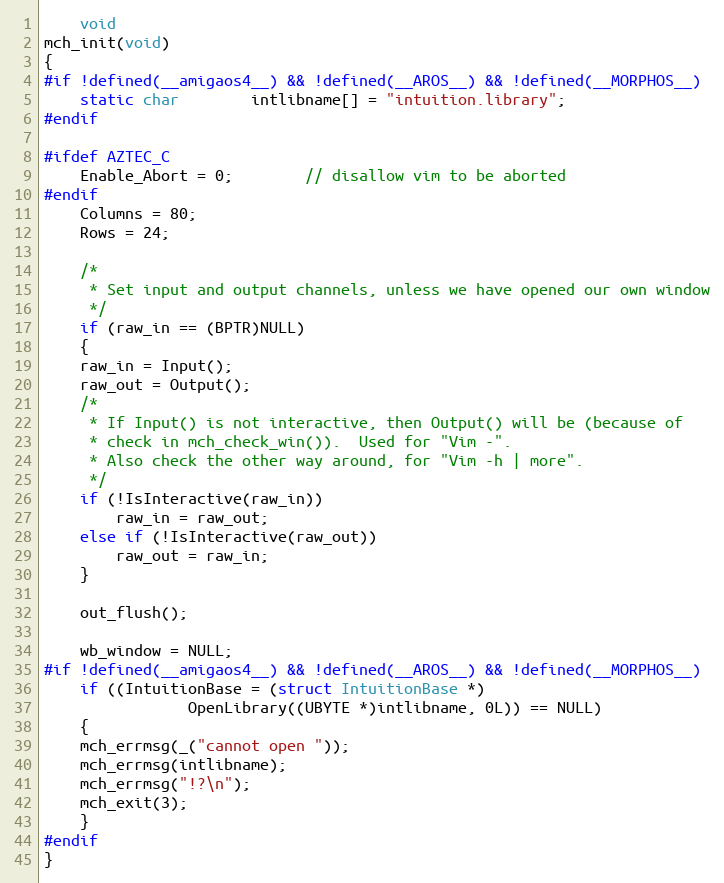
Language: C
    void
mch_init(void)
{
#if !defined(__amigaos4__) && !defined(__AROS__) && !defined(__MORPHOS__)
    static char	    intlibname[] = "intuition.library";
#endif

#ifdef AZTEC_C
    Enable_Abort = 0;		// disallow vim to be aborted
#endif
    Columns = 80;
    Rows = 24;

    /*
     * Set input and output channels, unless we have opened our own window
     */
    if (raw_in == (BPTR)NULL)
    {
	raw_in = Input();
	raw_out = Output();
	/*
	 * If Input() is not interactive, then Output() will be (because of
	 * check in mch_check_win()).  Used for "Vim -".
	 * Also check the other way around, for "Vim -h | more".
	 */
	if (!IsInteractive(raw_in))
	    raw_in = raw_out;
	else if (!IsInteractive(raw_out))
	    raw_out = raw_in;
    }

    out_flush();

    wb_window = NULL;
#if !defined(__amigaos4__) && !defined(__AROS__) && !defined(__MORPHOS__)
    if ((IntuitionBase = (struct IntuitionBase *)
				OpenLibrary((UBYTE *)intlibname, 0L)) == NULL)
    {
	mch_errmsg(_("cannot open "));
	mch_errmsg(intlibname);
	mch_errmsg("!?\n");
	mch_exit(3);
    }
#endif
}